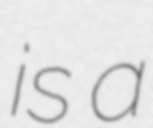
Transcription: is a